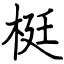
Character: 梃